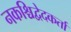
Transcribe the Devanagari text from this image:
नकश्चिद्वेदकर्ता